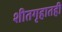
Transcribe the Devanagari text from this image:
शीतगृहातही